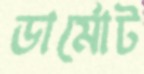
ডার্মোট